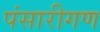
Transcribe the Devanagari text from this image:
पंसारीगण